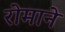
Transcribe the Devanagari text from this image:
रोमाने